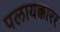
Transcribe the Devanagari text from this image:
पलायक्कारर